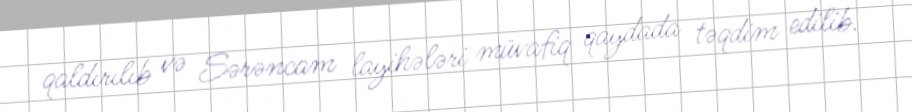
qaldırılıb və Sərəncam layihələri müvafiq qaydada təqdim edilib.